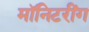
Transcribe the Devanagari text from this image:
मॉनिटरींग